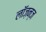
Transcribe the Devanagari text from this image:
लॉज़न्ज